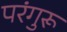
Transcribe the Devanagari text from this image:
परंगुरू